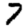
Digit: 7